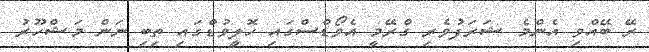
ރޭ ބޭއްވި އެންމެ ޝަރަފުވެރި ގްރޭމީ އެވޯޑްސްގައި ހޮލީވުޑްގައި ތިބި ނަން މަޝްހޫރު